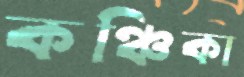
কঞ্চিকা